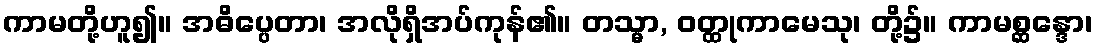
ကာမတို့ဟူ၍။ အဓိပ္ပေတာ၊ အလိုရှိအပ်ကုန်၏။ တသ္မာ, ဝတ္ထုကာမေသု၊ တို့၌။ ကာမစ္ဆန္ဒော၊